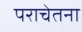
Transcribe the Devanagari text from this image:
पराचेतना